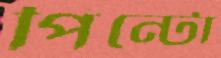
পিন্টো